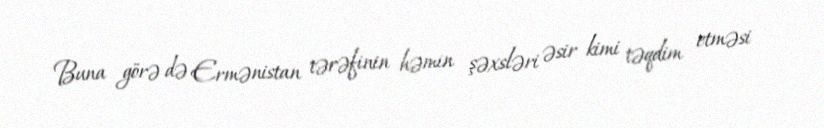
Buna görə də Ermənistan tərəfinin həmin şəxsləri əsir kimi təqdim etməsi